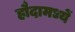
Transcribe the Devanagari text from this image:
हौदामध्यें